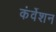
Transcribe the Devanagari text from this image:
कंर्वेशन